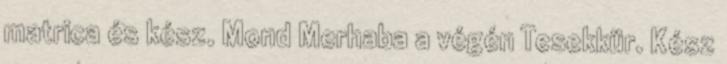
matrica és kész. Mond Merhaba a végén Tesekkür. Kész